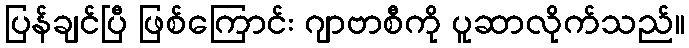
ပြန်ချင်ပြီ ဖြစ်ကြောင်း ဂျာဗာစီကို ပူဆာလိုက်သည်။